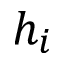
h _ { i }